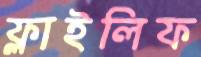
ফ্লাইলিফ